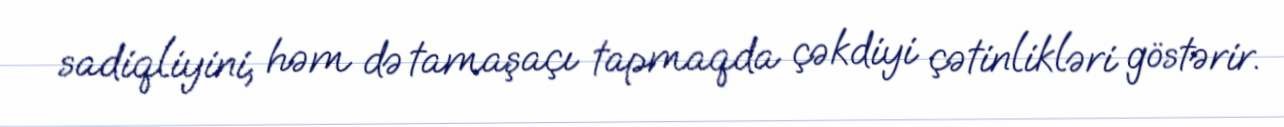
sadiqliyini, həm də tamaşaçı tapmaqda çəkdiyi çətinlikləri göstərir.